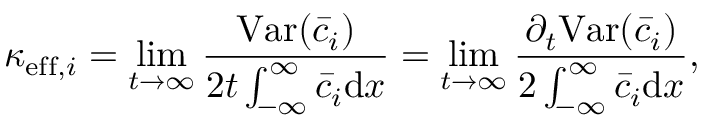
\kappa _ { \mathrm { e f f } , i } = \operatorname* { l i m } _ { t \rightarrow \infty } \frac { \mathrm { V a r } ( \bar { c } _ { i } ) } { 2 t \int _ { - \infty } ^ { \infty } \bar { c } _ { i } \mathrm { d } x } = \operatorname* { l i m } _ { t \rightarrow \infty } \frac { \partial _ { t } \mathrm { V a r } ( \bar { c } _ { i } ) } { 2 \int _ { - \infty } ^ { \infty } \bar { c } _ { i } \mathrm { d } x } ,